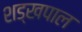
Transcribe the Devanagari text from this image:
शड्खपाल